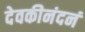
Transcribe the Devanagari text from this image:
देवकीनंदनं